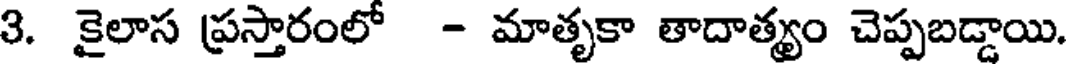
3. కైలాస ప్రస్తారంలో - మాతృకా తాదాత్యం చెప్పబడ్డాయి.